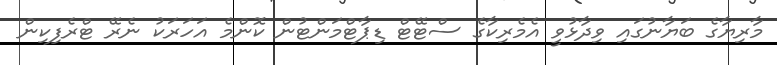
މާރިޔާގެ ބަޔާނުގައި ވިދާޅުވީ އެމެރިކާގެ ސްޓޭޓް ޑިޕާޓްމަންޓުން ކޮންމެ އަހަރަކު ނެރޭ ޓްރެފިކިން